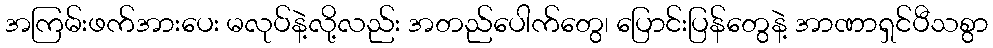
အကြမ်းဖက်အားပေး မလုပ်နဲ့လို့လည်း အတည်ပေါက်တွေ၊ ပြောင်းပြန်တွေနဲ့ အာဏာရှင်ပီသစွာ